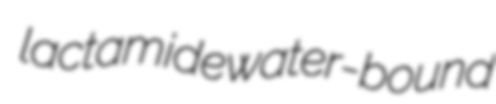
lactamide water-bound